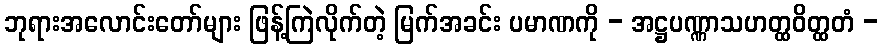
ဘုရားအလောင်းတော်များ ဖြန့်ကြဲလိုက်တဲ့ မြက်အခင်း ပမာဏကို - အဋ္ဌပဏ္ဏာသဟတ္ထဝိတ္ထတံ -